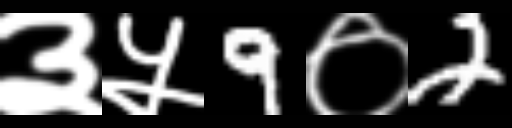
Text: ३५9०2